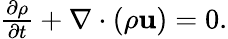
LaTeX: \begin{array}{r}{\frac{\partial\rho}{\partial t}+\nabla\cdot(\rho\mathbf{u})=0.}\end{array}